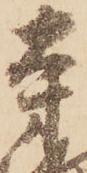
寺